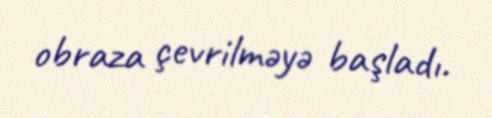
obraza çevrilməyə başladı.